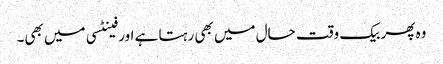
وہ پھر بیک وقت حال میں بھی رہتا ہے اور فینٹسی میں بھی۔